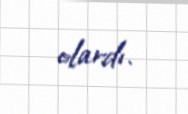
olardı.